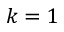
k = 1